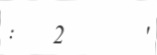
:   2      '